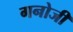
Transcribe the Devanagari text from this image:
गनोजी